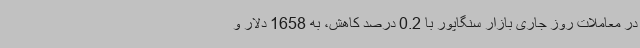
در معاملات روز جاری بازار سنگاپور با 0.2 درصد کاهش، به 1658 دلار و